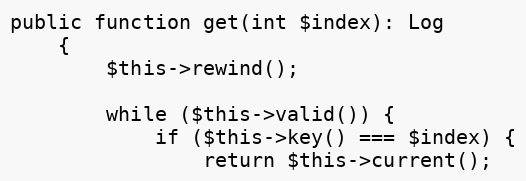
Language: PHP
public function get(int $index): Log
    {
        $this->rewind();

        while ($this->valid()) {
            if ($this->key() === $index) {
                return $this->current();